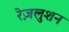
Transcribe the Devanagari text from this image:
रेज़लुशन